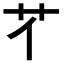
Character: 𦫻